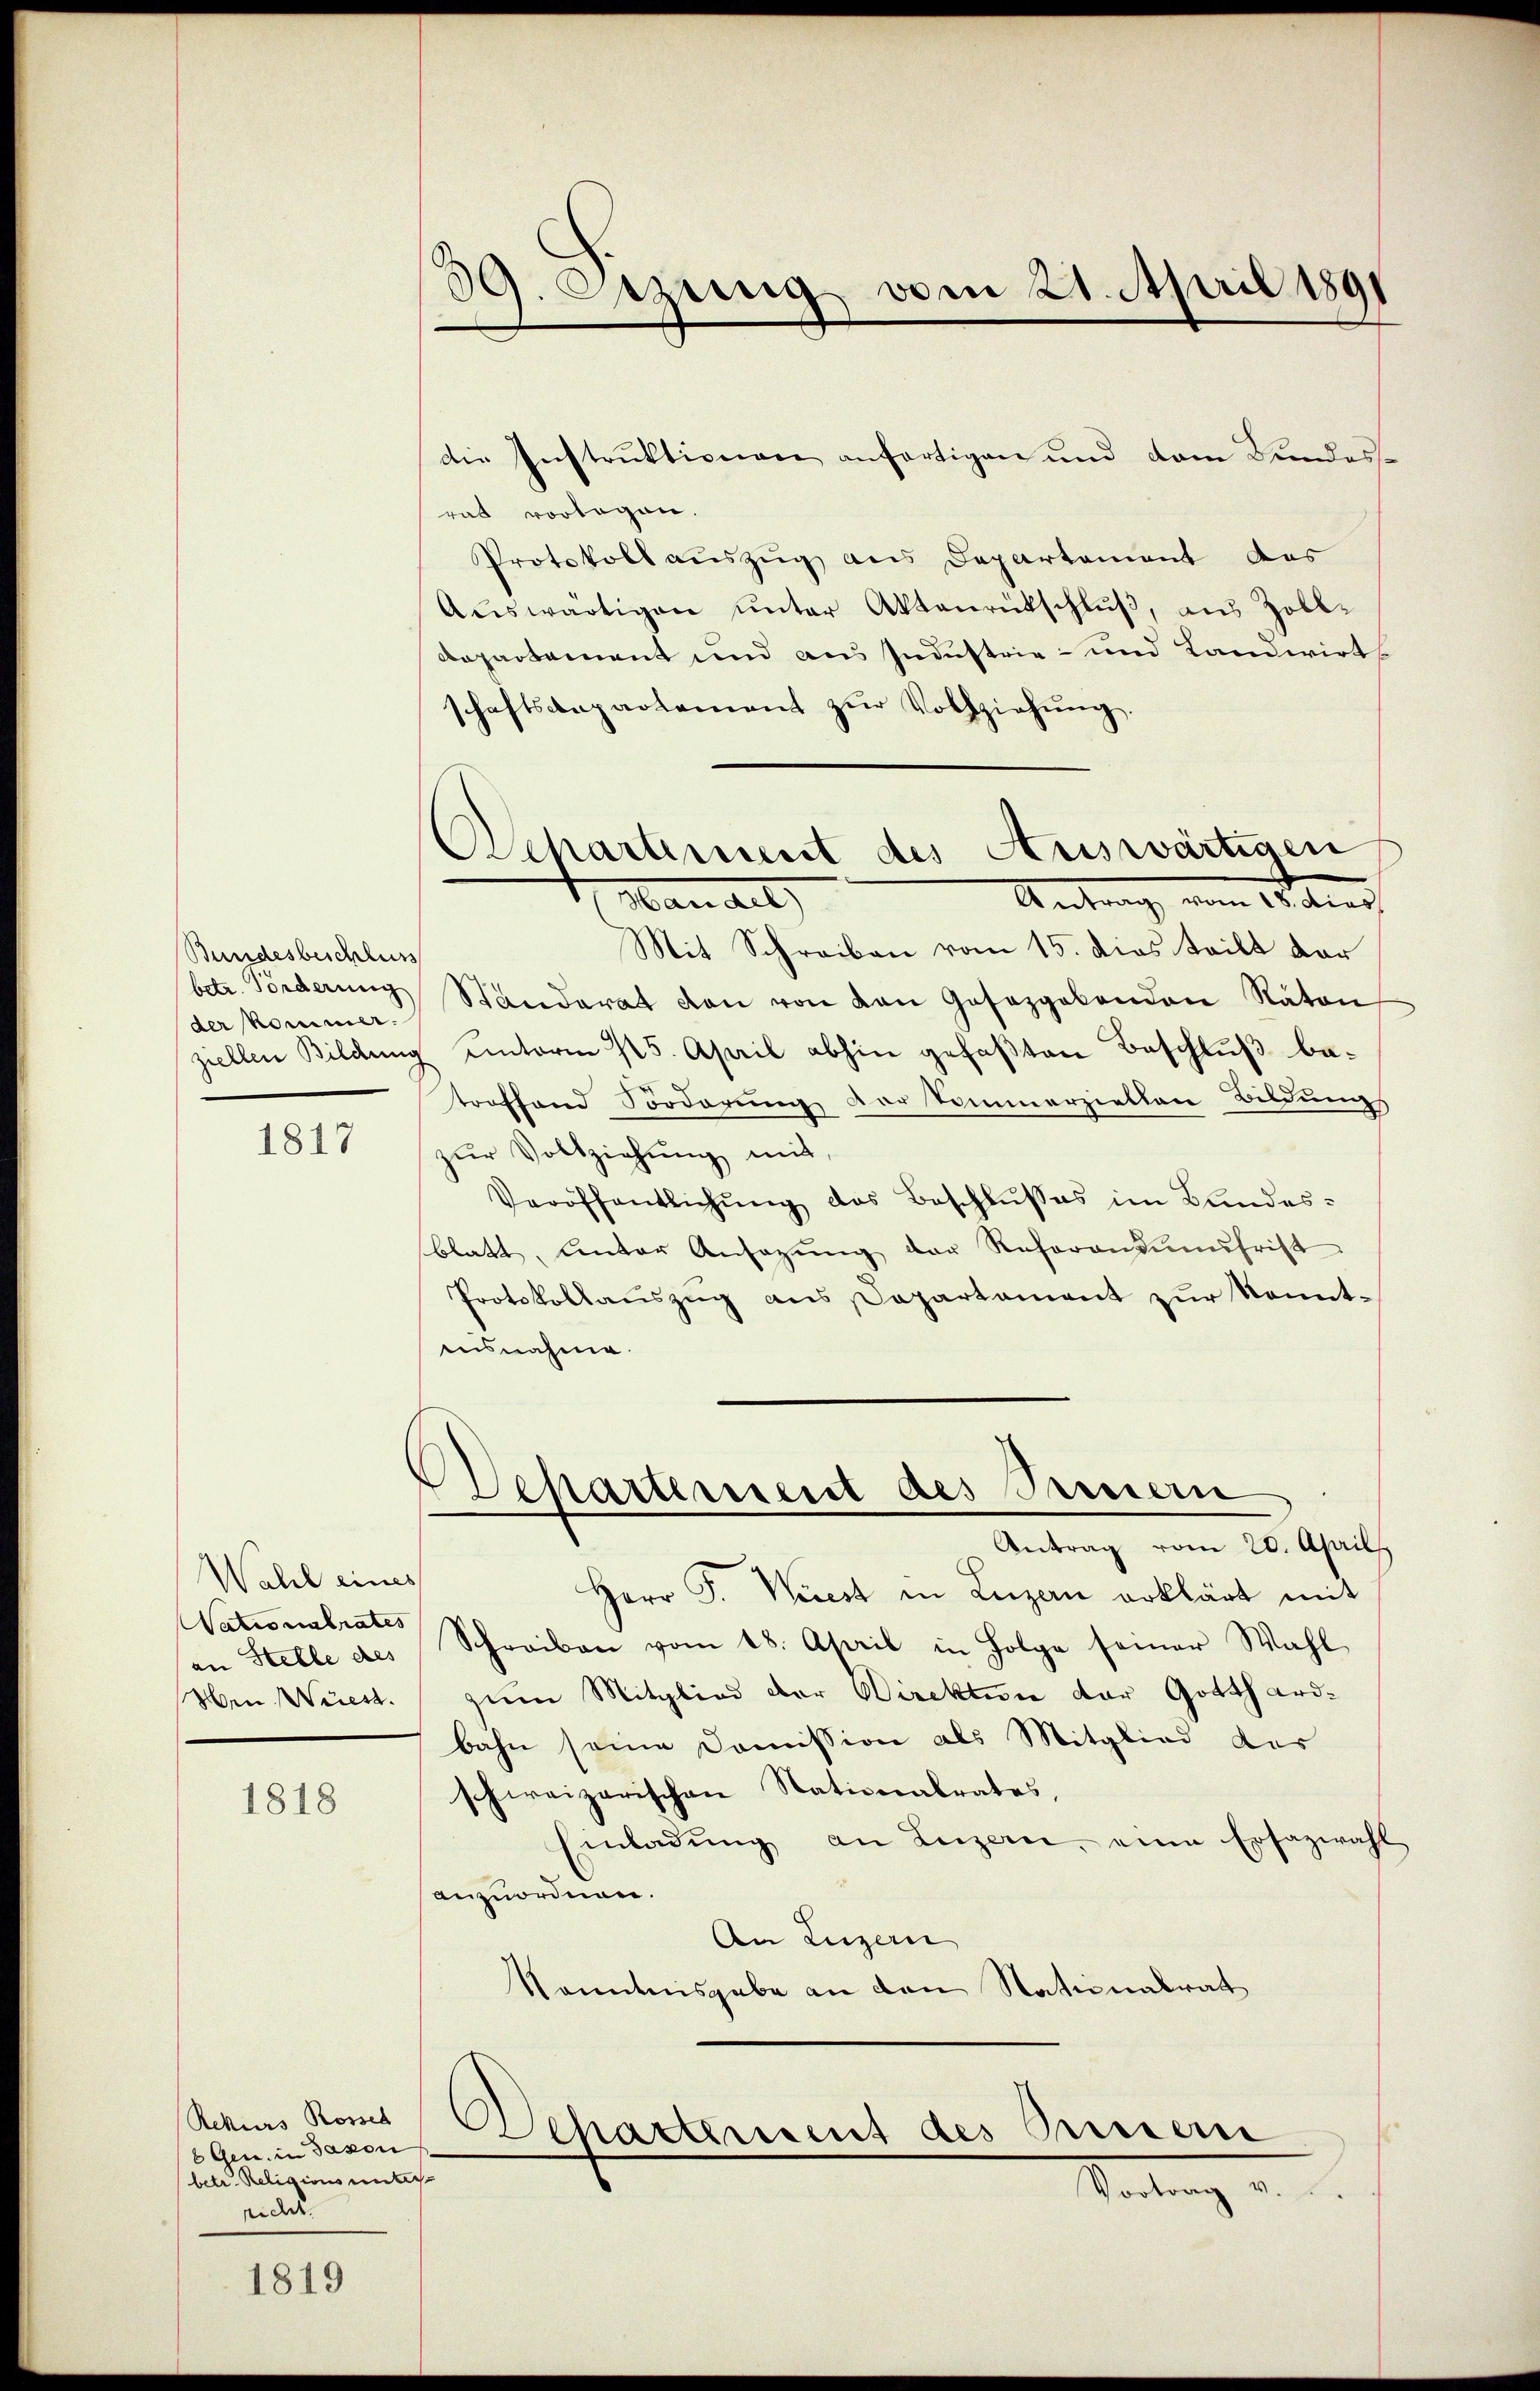
Bundesbeschluss
betr. Förderung
der kommer.

1817

Wahl eines
Nationalrates
an Stelle des
Wen. Wüest.

1818

Rekurs Rossel
6 Ges. in Saxon
betr. Religions unter
richt.

1819

39. Ozung vom 21. April 1891

Departement des Auswärtigen
Antrag vom 15. Aus
Hauart

die Instrŭktionen anfertigen und dem Bundes-
rat vorlagen.
Protokoll auszug aus Departement des
Aŭswärtigen ŭnter Aktenrütschlŭβ, aus Zoll-
Departement und aus Industrie- und Landwirts
schaftsanpartement zŭr Vollziehŭng.
Mit Schreiben vom 15. dies teilt der
Standerat den von von Gesezgabanden Naton
ziellen Bildung unterm 15. April abhin gefaβten Beschlŭβ be-
troffend Sorderung der Sommerziellen Bildungs
zŭr Vollziehŭng mit,
Veröffentlichŭng des Beschlŭsses im Bundesblatt, unter Ansagŭng der Referandumsfrist
Protokollauszug aus Departament zur konntnisnahme.
Departement des Seinern
Antrag vom 20. April
Herr P. Wiest in Luzern erklärt mit
Schreiben vom 18. April in Folge seiner Wahl
zum Mitglied der Direktion der Gotthardbahn seine Commission als Mitglied der
schweizerischen Nationalrates,
Einladŭng an Luzern, eine Ersazwahl
anzuordnen.
An Luzern
Kenntnisgabe an den Nationalrat

Departement des Princern
Stattung a.